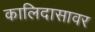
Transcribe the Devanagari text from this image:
कालिदासावर